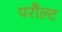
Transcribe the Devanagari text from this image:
परौल्ट